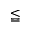
\leqq